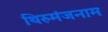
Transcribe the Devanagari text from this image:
थिरुमंजनाम